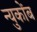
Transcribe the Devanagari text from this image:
न्युकोंब